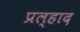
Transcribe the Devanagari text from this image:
प्रल्‍हाद